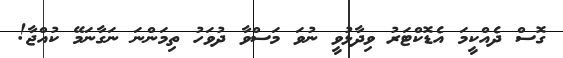
ގޮސް ދެއްކީމަ އެޑޮކްޓަރު ވިދާޅުވީ ނުވަ މަސްވާ ދުވަހު ތިމަންނަ ނަގާނަމޭ ކުއްޖާ!